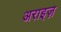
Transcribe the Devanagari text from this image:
अराइज़